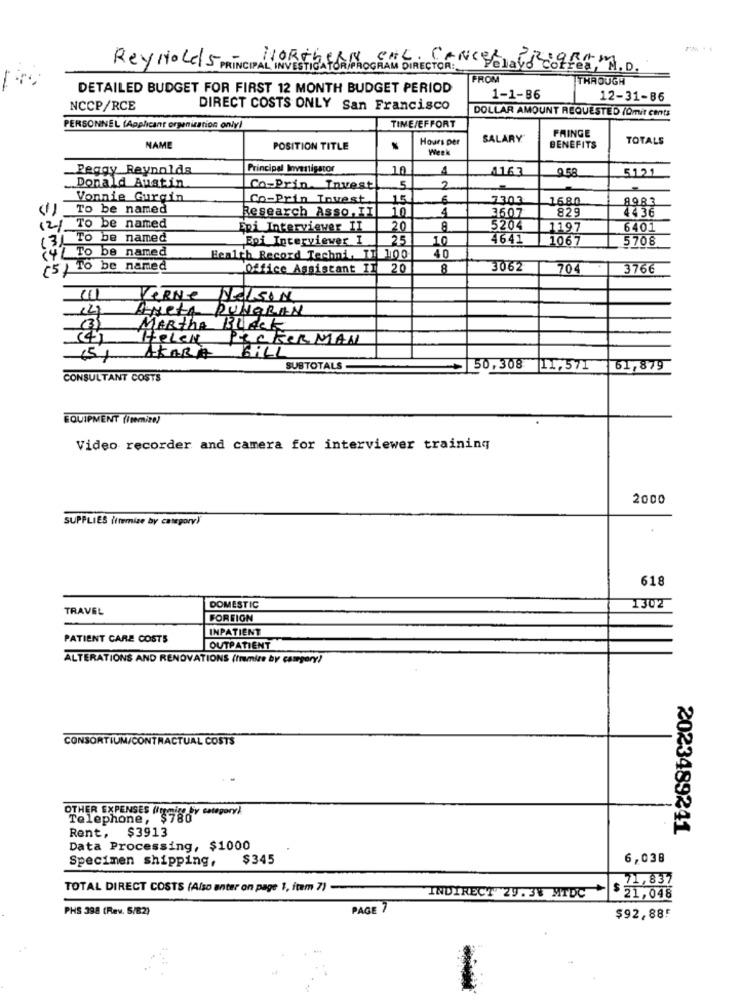
CHL. CANCEL, CREOAAN
Reynolds PRINCIPAL INVESTIGATO
HORECA FORPROGRAM DIRECTOR:
Frea, M. D.
FROM
THROUGH
DETAILED BUDGET FOR FIRST 12 MONTH BUDGET PERIOD
1-1-86
12-31-86
NCCP/RCE
DIRECT COSTS ONLY San Francisco
DOLLAR AMOUNT REQUESTED (Ömit cents
PERSONNEL (Applicant organization only!
TIME/EFFORT
FRINGE
Hours per
SALARY
TOTALS
NAME
POSITION TITLE
Week
BENEFITS
Peggy Reynolds
Principal Investigator
10
1163
5121
Donald Austin
958
Co-Prin Invest
2
Vonnie Gurgin
Co-Prin Tovest
15
7302
1680
8983
To be named
Research Asso,IT
10
4
3607
82
4436
(2) To be named
Epi Interviewer II
20
8
5204
1197
6401
(3) To be named
Epi Interviewer I
25
10
4641
1067
5708
¿y / To be named
Health Record Techni, IT 100
40
(5 ) To be named
Office Assistant IT
20
8
3062
704
3766
VARNe
NeIKON
ANety RUNGRAN
(3)
MARTHA
Helen
PICKERMAN
HILL
15)
AKARA
SUBTOTALS
~ 50,308 11,571
61,879
CONSULTANT COSTS
EQUIPMENT (/temize)
Video recorder and camera for interviewer training
2000
SUPPLIES (ftemize by category)
618
TRAVEL
DOMESTIC
1302
FOREIGN
PATIENT CARE COSTS
INPATIENT
OUTPATIENT
ALTERATIONS AND RENOVATIONS (tramite by category?
CONSORTIUM/CONTRACTUAL COSTS
OTHER EXPENSES ligning by category)
Telephone, $7
Rent, $3913
2023489241
Data Processing, $1000
Specimen shipping,
$345
6,038
71,837
TOTAL DIRECT COSTS (Also anter on page 1, item 7)
$ 5
INDIRECT 29.3% MTDC
21,048
PHS 398 (Rev. 5/82)
PAGE 7
$92,88!